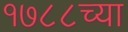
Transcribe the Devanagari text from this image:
१७८८च्या